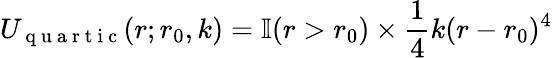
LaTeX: U_{\mathrm{~q~u~a~r~t~i~c~}}(r;r_{0},k)=\mathbb{I}(r>r_{0})\times\frac{1}{4}k(r-r_{0})^{4}